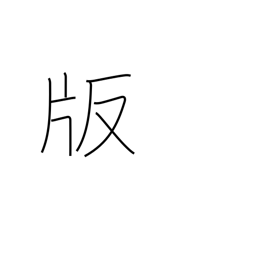
Meaning: impression